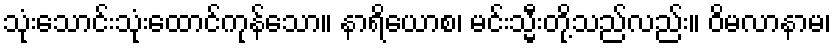
သုံးသောင်းသုံးထောင်ကုန်သော။ နာရိယောစ၊ မင်းသ္မီးတို့သည်လည်း။ ဝိမလာနာမ၊